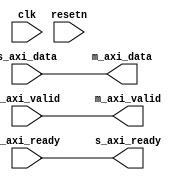
module axi_register_slice (
  input clk,
  input resetn,

  input s_axi_valid,
  output s_axi_ready,
  input [DATA_WIDTH-1:0] s_axi_data,

  output m_axi_valid,
  input m_axi_ready,
  output [DATA_WIDTH-1:0] m_axi_data
);

parameter DATA_WIDTH = 32;

parameter FORWARD_REGISTERED = 0;
parameter BACKWARD_REGISTERED = 0;

/*
 s_axi_data  -> bwd_data     -> fwd_data(1)  -> m_axi_data
 s_axi_valid -> bwd_valid    -> fwd_valid(1) -> m_axi_valid
 s_axi_ready <- bwd_ready(2) <- fwd_ready <- m_axi_ready

 (1) FORWARD_REGISTERED inserts a set of FF before m_axi_data and m_axi_valid
 (2) BACKWARD_REGISTERED insters a FF before s_axi_ready
*/

wire [DATA_WIDTH-1:0] bwd_data_s;
wire bwd_valid_s;
wire bwd_ready_s;
wire [DATA_WIDTH-1:0] fwd_data_s;
wire fwd_valid_s;
wire fwd_ready_s;

generate if (FORWARD_REGISTERED == 1) begin

reg fwd_valid = 1'b0;
reg [DATA_WIDTH-1:0] fwd_data = 'h00;

assign fwd_ready_s = ~fwd_valid | m_axi_ready;
assign fwd_valid_s = fwd_valid;
assign fwd_data_s = fwd_data;

always @(posedge clk) begin
  if (~fwd_valid | m_axi_ready)
    fwd_data <= bwd_data_s;
end

always @(posedge clk) begin
  if (resetn == 1'b0) begin
    fwd_valid <= 1'b0;
  end else begin 
    if (bwd_valid_s)
      fwd_valid <= 1'b1;
    else if (m_axi_ready)
      fwd_valid <= 1'b0;
  end
end

end else begin
assign fwd_data_s = bwd_data_s;
assign fwd_valid_s = bwd_valid_s;
assign fwd_ready_s = m_axi_ready;
end
endgenerate

generate if (BACKWARD_REGISTERED == 1) begin

reg bwd_ready = 1'b1;
reg [DATA_WIDTH-1:0] bwd_data = 'h00;

assign bwd_valid_s = ~bwd_ready | s_axi_valid;
assign bwd_data_s = bwd_ready ? s_axi_data : bwd_data;
assign bwd_ready_s = bwd_ready;

always @(posedge clk) begin
  if (bwd_ready)
    bwd_data <= s_axi_data;
end

always @(posedge clk) begin
  if (resetn == 1'b0) begin
    bwd_ready <= 1'b1;
  end else begin
    if (fwd_ready_s)
      bwd_ready <= 1'b1;
    else if (s_axi_valid)
      bwd_ready <= 1'b0;
  end
end

end else begin
assign bwd_valid_s = s_axi_valid;
assign bwd_data_s = s_axi_data;
assign bwd_ready_s = fwd_ready_s;
end endgenerate

assign m_axi_data = fwd_data_s;
assign m_axi_valid = fwd_valid_s;
assign s_axi_ready = bwd_ready_s;

endmodule